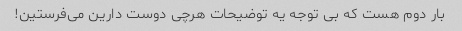
بار دوم هست که بی توجه یه توضیحات هرچی دوست دارین می‌فرستین!